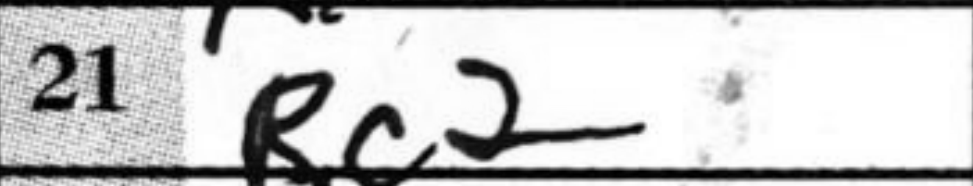
Transcription: Rc2